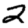
Digit: 2